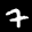
Label: 7